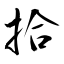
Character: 拾